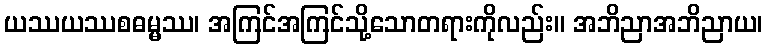
ယဿယဿစဓမ္မဿ၊ အကြင်အကြင်သို့သောတရားကိုလည်း။ အဘိညာအဘိညာယ၊